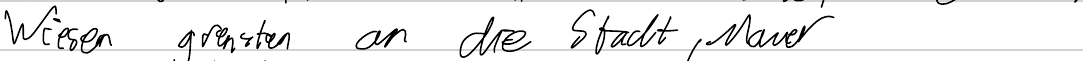
Wiesen grenzten an die Stadt, Mauer